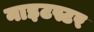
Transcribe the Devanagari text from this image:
नाइटस्टर